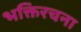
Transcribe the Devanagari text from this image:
भक्तिरचना